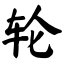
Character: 轮